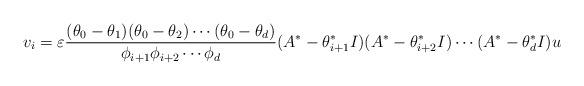
LaTeX: \begin{align*}v_i = \varepsilon \frac{(\theta_0-\theta_{1})(\theta_0-\theta_{2}) \cdots (\theta_0 - \theta_{d})}{\phi_{i+1}\phi_{i+2} \cdots \phi_{d}}(A^*-\theta^*_{i+1}I)(A^*-\theta^*_{i+2}I) \cdots (A^*-\theta^*_{d}I)u\end{align*}